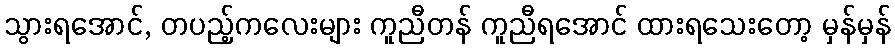
သွားရအောင်, တပည့်ကလေးများ ကူညီတန် ကူညီရအောင် ထားရသေးတော့ မှန်မှန်